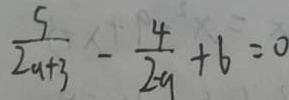
\frac { 5 } { 2 a + 3 } - \frac { 4 } { 2 - a } + 6 = 0